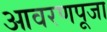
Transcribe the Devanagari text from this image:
आवरणपूजा